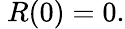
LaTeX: \ R(0)=0.